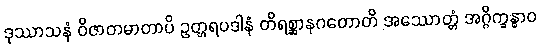
ဒုဿာသနံ ဝိဇာတမာတာပိ ဥတ္တရပဒါနံ တိရစ္ဆာနဂတောတိ အဿောတ္တံ အဂ္ဂိက္ခန္ဓာဝ